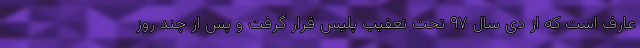
عارف است که از دی‌ سال ۹۷ تحت تعقیب پلیس قرار گرفت و پس از چند روز